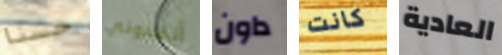
حسنا أنقذوني داون كانت العادية